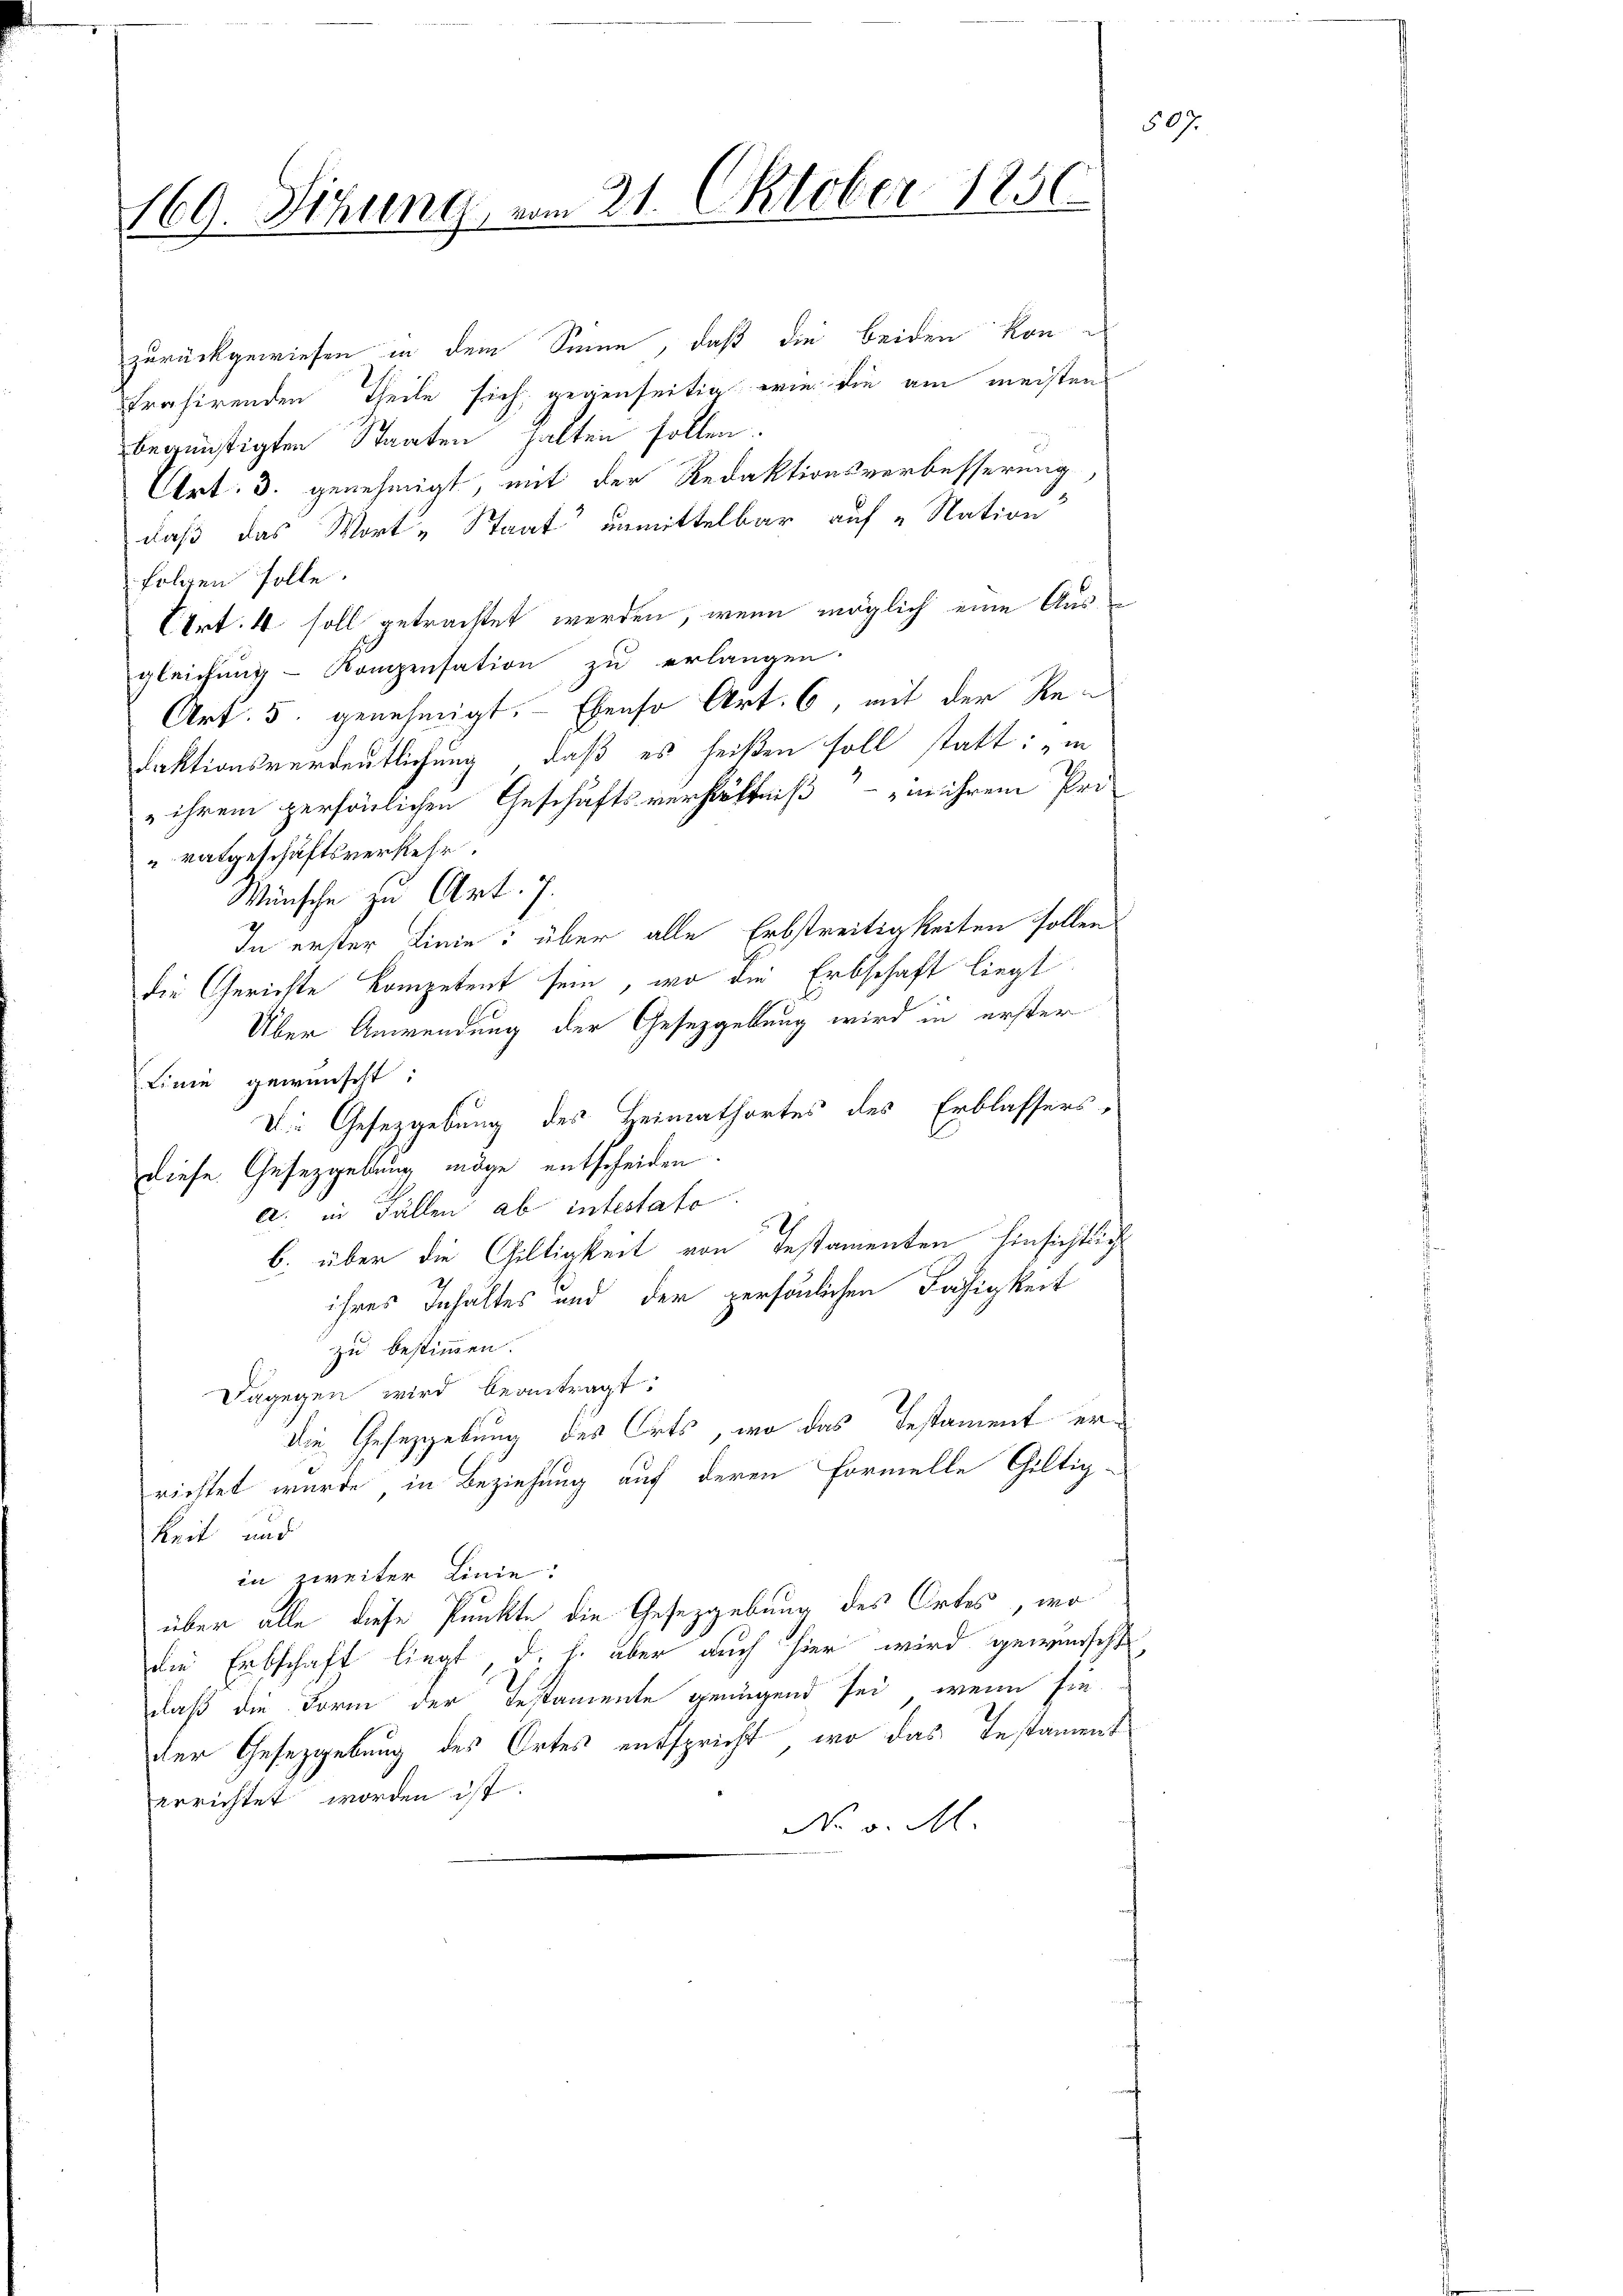
169. Sitzung vom 21. Oktober 1850

zurückgewiesen in dem Sinne, daß die beiden konfrahirenden Theile sich gegenseitig wie die am meisten
begünstigten Staaten halten sollen.
Art. 3. genehmigt, mit der Redaktionsverbesserung,
daß das Wort „Staat unmittelbar auf „Nation
folgen solle.
Crt. 4 soll getrachtet werden, wenn möglich eine Ausgleichung - Kompensation zu erlangen.
Art. 5. genehmigt. Ebenso Art. 6, mit der Re¬
Faktionsverdeutlichung, daß es heißen soll statt: "in
 ihrem persönlichen Geschäftsverhältniß in ihrem Pri-
vatgeschäftsverkehr.
Wünsche zu Art. 7.
In erster Linie: über alle Erbstreitigkeiten sollen
die Gerichte kompetent sein, wo die Erbschaft liegt
Über Anwendung der Gesetzgellung wird in erster
Linie gewünscht:
V. Gesezgebung des Heimathortes des Erblassers
diese Gesetzgebung möge entscheiden.
a. in Fällen ab intestato.
b. über die Gültigkeit von Testamenten hinsichtlich
ihres Inhaltes und der persönlichen Fähigkeit
zu bestimmen.
Dagegen wird beantragt:
die Gesetzgebung des Orts, wo das Testament errichtet wurde in Beziehung auf deren Formelle Gültig-
Reit und
in zweiter Linie.
über alle diese Punkte die Gesetzgebung des Ortes, wo
die Erbschaft liegt, d. h. aber auch hier wird gewünscht,
1
laß die Form der Testamente genügend sei, wenn sie
der Gesetzgebung des Ortes entspricht, wo das Testament
errichtet worden ist.
No v. M.